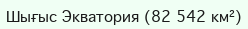
Шығыс Экватория (82 542 км²)